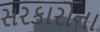
સરકારોના